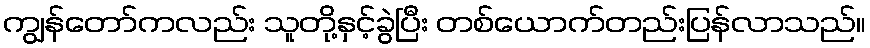
ကျွန်တော်ကလည်း သူတို့နှင့်ခွဲပြီး တစ်ယောက်တည်းပြန်လာသည်။